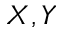
X , Y